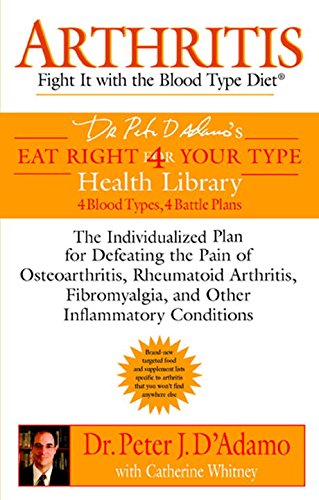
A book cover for Arthritis: Fight it with the Blood Type Diet (Eat Right 4 (for) Your Type Health Library); Dr. Peter J. D'Adamo; Health, Fitness & Dieting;